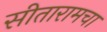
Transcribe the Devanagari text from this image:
सीतारामचा